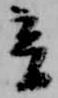
音